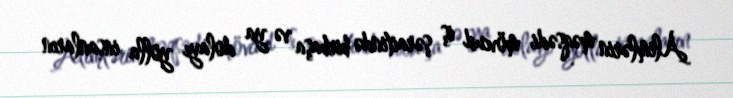
Alimlərin məqsədi mövcud iş şəraitində birbaşa və ya dolayı yolla insanların